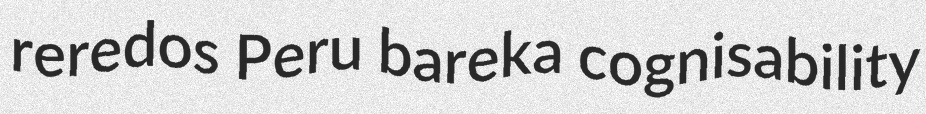
reredos Peru bareka cognisability